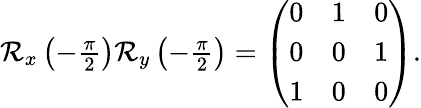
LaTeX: \begin{array}{r}{\mathcal{R}_{x}\left(-\frac{\pi}{2}\right)\mathcal{R}_{y}\left(-\frac{\pi}{2}\right)=\left(\begin{array}{ccc}{0}&{1}&{0}\\ {0}&{0}&{1}\\ {1}&{0}&{0}\end{array}\right).}\end{array}